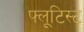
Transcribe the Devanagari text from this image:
फ्लूटिस्ट